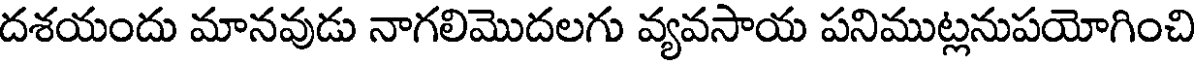
దశయందు మానవుడు నాగలిమొదలగు వ్యవసాయ పనిముట్లనుపయోగించి